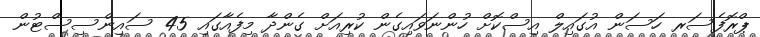
ޕްރޮފެސަރ ހަސަން އުގައިލް އިސްކޮށް ހުންނަވައިގެން ކުރިއަށް ގެންދާ މިފެއާގައި 45 ސައިންސިސްޓުން